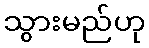
သွားမည်ဟု